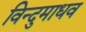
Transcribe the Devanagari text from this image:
विन्दुमाधव